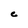
Character: C